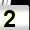
Digit: 2